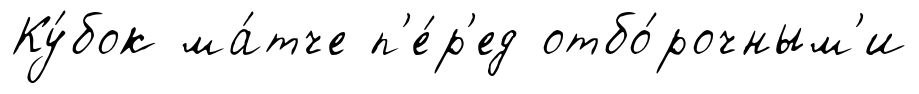
Ку́бок ма́тче п'е́р'ед отбо́рочным'и